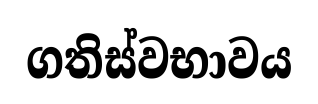
ගතිස්වභාවය